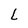
Character: L